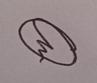
Signature authenticity: genuine